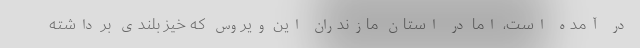
در آمده است، اما در استان مازندران این ویروس که خیز بلندی بر داشته